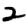
Digit: 2